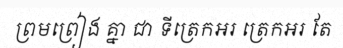
ព្រមព្រៀង គ្នា ជា ទីត្រេកអរ ត្រេកអរ តែ